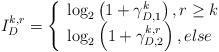
LaTeX: \begin{align*}I_D^{k,r} = \left\{ \begin{array}{l}{\log _2}\left( {1 + \gamma _{D,1}^k} \right),r \ge k\\{\log _2}\left( {1 + \gamma _{D,2}^{k,r}} \right),else\end{array} \right.\end{align*}